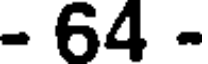
- 64 -